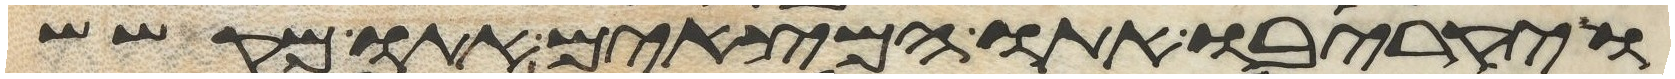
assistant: ויקריבו אתו המצאים אתו מקשש